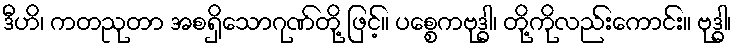
ဒီဟိ၊ ကတညုတာ အစရှိသောဂုဏ်တို့ ဖြင့်။ ပစ္စေကဗုဒ္ဓါ၊ တို့ကိုလည်းကောင်း။ ဗုဒ္ဓါ၊